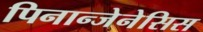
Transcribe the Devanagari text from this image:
पिनान्जेनेसिस